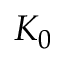
K _ { 0 }